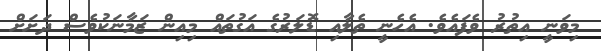
މިވަނީ އިތުރު ވެފައެވެ. އެހެނީ ތެލާއި ޑޮލަރުގެ އަގުތައް މިއިން ޒަމާނަކުވެސް ދަށަށް